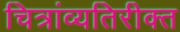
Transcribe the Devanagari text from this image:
चित्रांव्यतिरीक्त